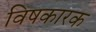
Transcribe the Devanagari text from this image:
विषकारक